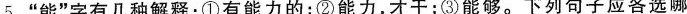
5. ”能”字有几种解释：①有能力的；②能力，才干；③能够。下列句子应各选哪